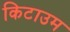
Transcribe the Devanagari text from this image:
किटाउम